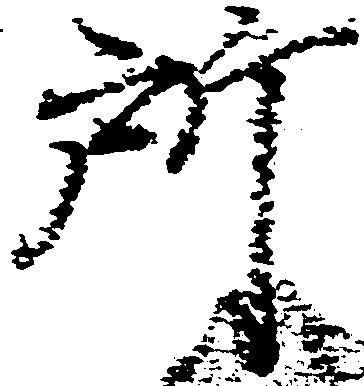
所